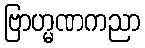
ဗြာဟ္မဏကညာ